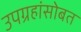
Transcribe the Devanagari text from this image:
उपग्रहांसोबत